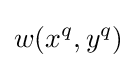
w(x^{q},y^{q})